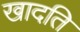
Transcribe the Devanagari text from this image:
खादति